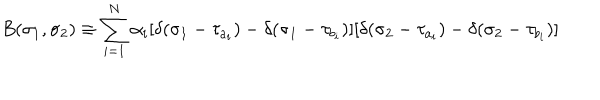
LaTeX: B ( \sigma _ { 1 } , \sigma _ { 2 } ) \equiv \sum _ { i = 1 } ^ { N } \alpha _ { i } [ \delta ( \sigma _ { 1 } - \tau _ { a _ { i } } ) - \delta ( \sigma _ { 1 } - \tau _ { b _ { i } } ) ] [ \delta ( \sigma _ { 2 } - \tau _ { a _ { i } } ) - \delta ( \sigma _ { 2 } - \tau _ { b _ { i } } ) ]